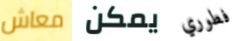
معاش يمكن فطوري